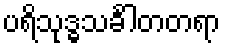
ပရိသုဒ္ဓသင်္ခါတတရာ